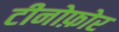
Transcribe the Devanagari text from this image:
टीनोफ़ोर